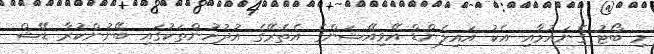
މި ބޯޓު ގެނައުމާއި އެކު އައިލެންޑް އޭވިއޭޝަންގެ އެތެރޭގެ އުދުހުންތަކުގައި ބޭނުންކުރާ ޑޭޝް